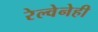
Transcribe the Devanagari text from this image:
रेल्वेनेही